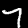
Digit: 7